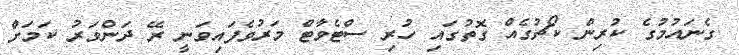
ގެނައުމުގެ ކުރިން ކޯޗުގެއް ގޮތުގައި ހުރި ސްޓެވާޓް މަރުވެފައިވަނީ ރޭ ދަންވަރު ކަމަށް